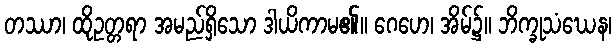
တဿာ၊ ထိုဥတ္တရာ အမည်ရှိသော ဒါယိကာမ၏။ ဂေဟေ၊ အိမ်၌။ ဘိက္ခုသံဃေန၊